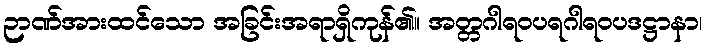
ဉာဏ်အားထင်သော အခြင်းအရာရှိကုန်၏။ အတ္တဂါရဝပရဂါရဝပဒဋ္ဌာနာ၊